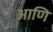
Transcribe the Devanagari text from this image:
आणि